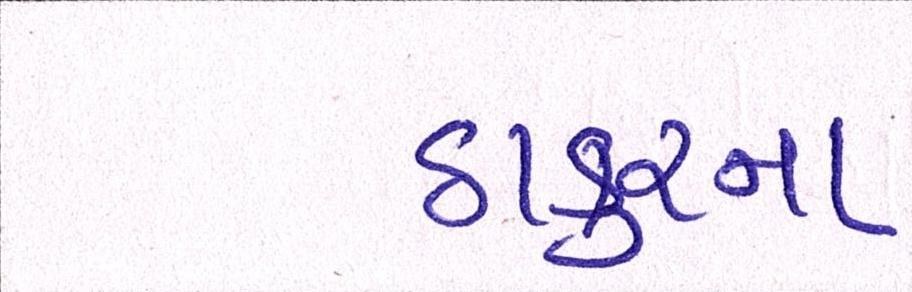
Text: ઠાકુરના